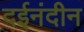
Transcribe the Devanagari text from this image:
दईनंदीन